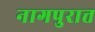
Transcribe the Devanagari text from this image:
नागपुरात्त